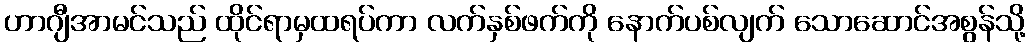
ဟာဂျီအာမင်သည် ထိုင်ရာမှထရပ်ကာ လက်နှစ်ဖက်ကို နောက်ပစ်လျက် သောဆောင်အစွန်သို့